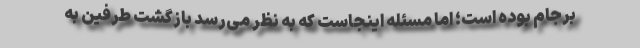
برجام بوده است؛ اما مسئله اینجاست که به نظر می‌رسد بازگشت طرفین به